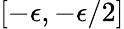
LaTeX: [-\epsilon,-\epsilon/2]